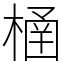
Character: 㮭